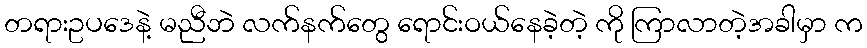
တရားဥပဒေနဲ့ မညီဘဲ လက်နက်တွေ ရောင်းဝယ်နေခဲ့တဲ့ ကို ကြာလာတဲ့အခါမှာ က